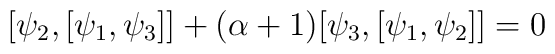
[\psi_2, [\psi_1, \psi_3]] +  (\alpha+1)[\psi_3, [\psi_1, \psi_2]] = 0